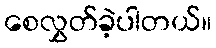
စေလွှတ်ခဲ့ပါတယ်။